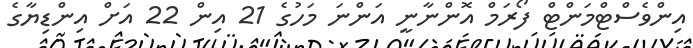
އިންވެސްޓްމަންޓް ފޯރަމް އޮންނާނީ އަންނަ މަހުގެ 21 އިން 22 އަށް އިންޑިޔާގެ